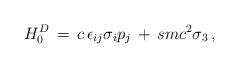
LaTeX: \begin{align*}H^D_0\,=\,c\,\epsilon_{ij}\sigma_{i} p_{j}\,+\,smc^2 \sigma_{3}\,,\end{align*}